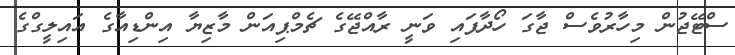
ސްޓޭޖުން މިހާރުވެސް ޖާގަ ހޯދާފައި ވަނީ ރާއްޖޭގެ ޗެމްޕިއަން މާޒިޔާ އިންޑިއާގެ އައިލީގްގެ